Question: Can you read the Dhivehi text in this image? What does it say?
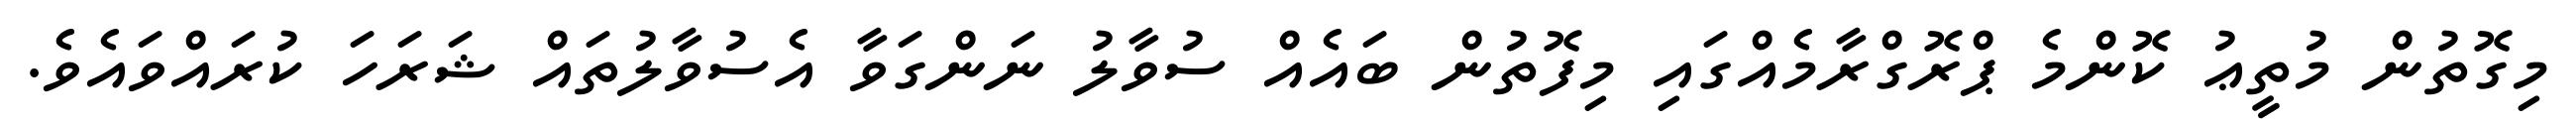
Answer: މިގޮތުން މުތީޢު ކޮންމެ ޕްރޮގްރާމެއްގައި މިފޮތުން ބައެއް ސުވާލު ނަންގަވާ އެސުވާލުތައް ޝަރަހަ ކުރައްވައެވެ.